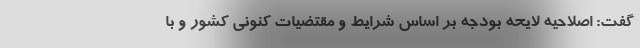
گفت: اصلاحیه لایحه بودجه بر اساس شرایط و مقتضیات کنونی کشور و با